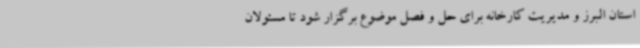
استان البرز و مدیریت کارخانه برای حل و فصل موضوع برگزار شود تا مسئولان